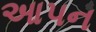
આપન